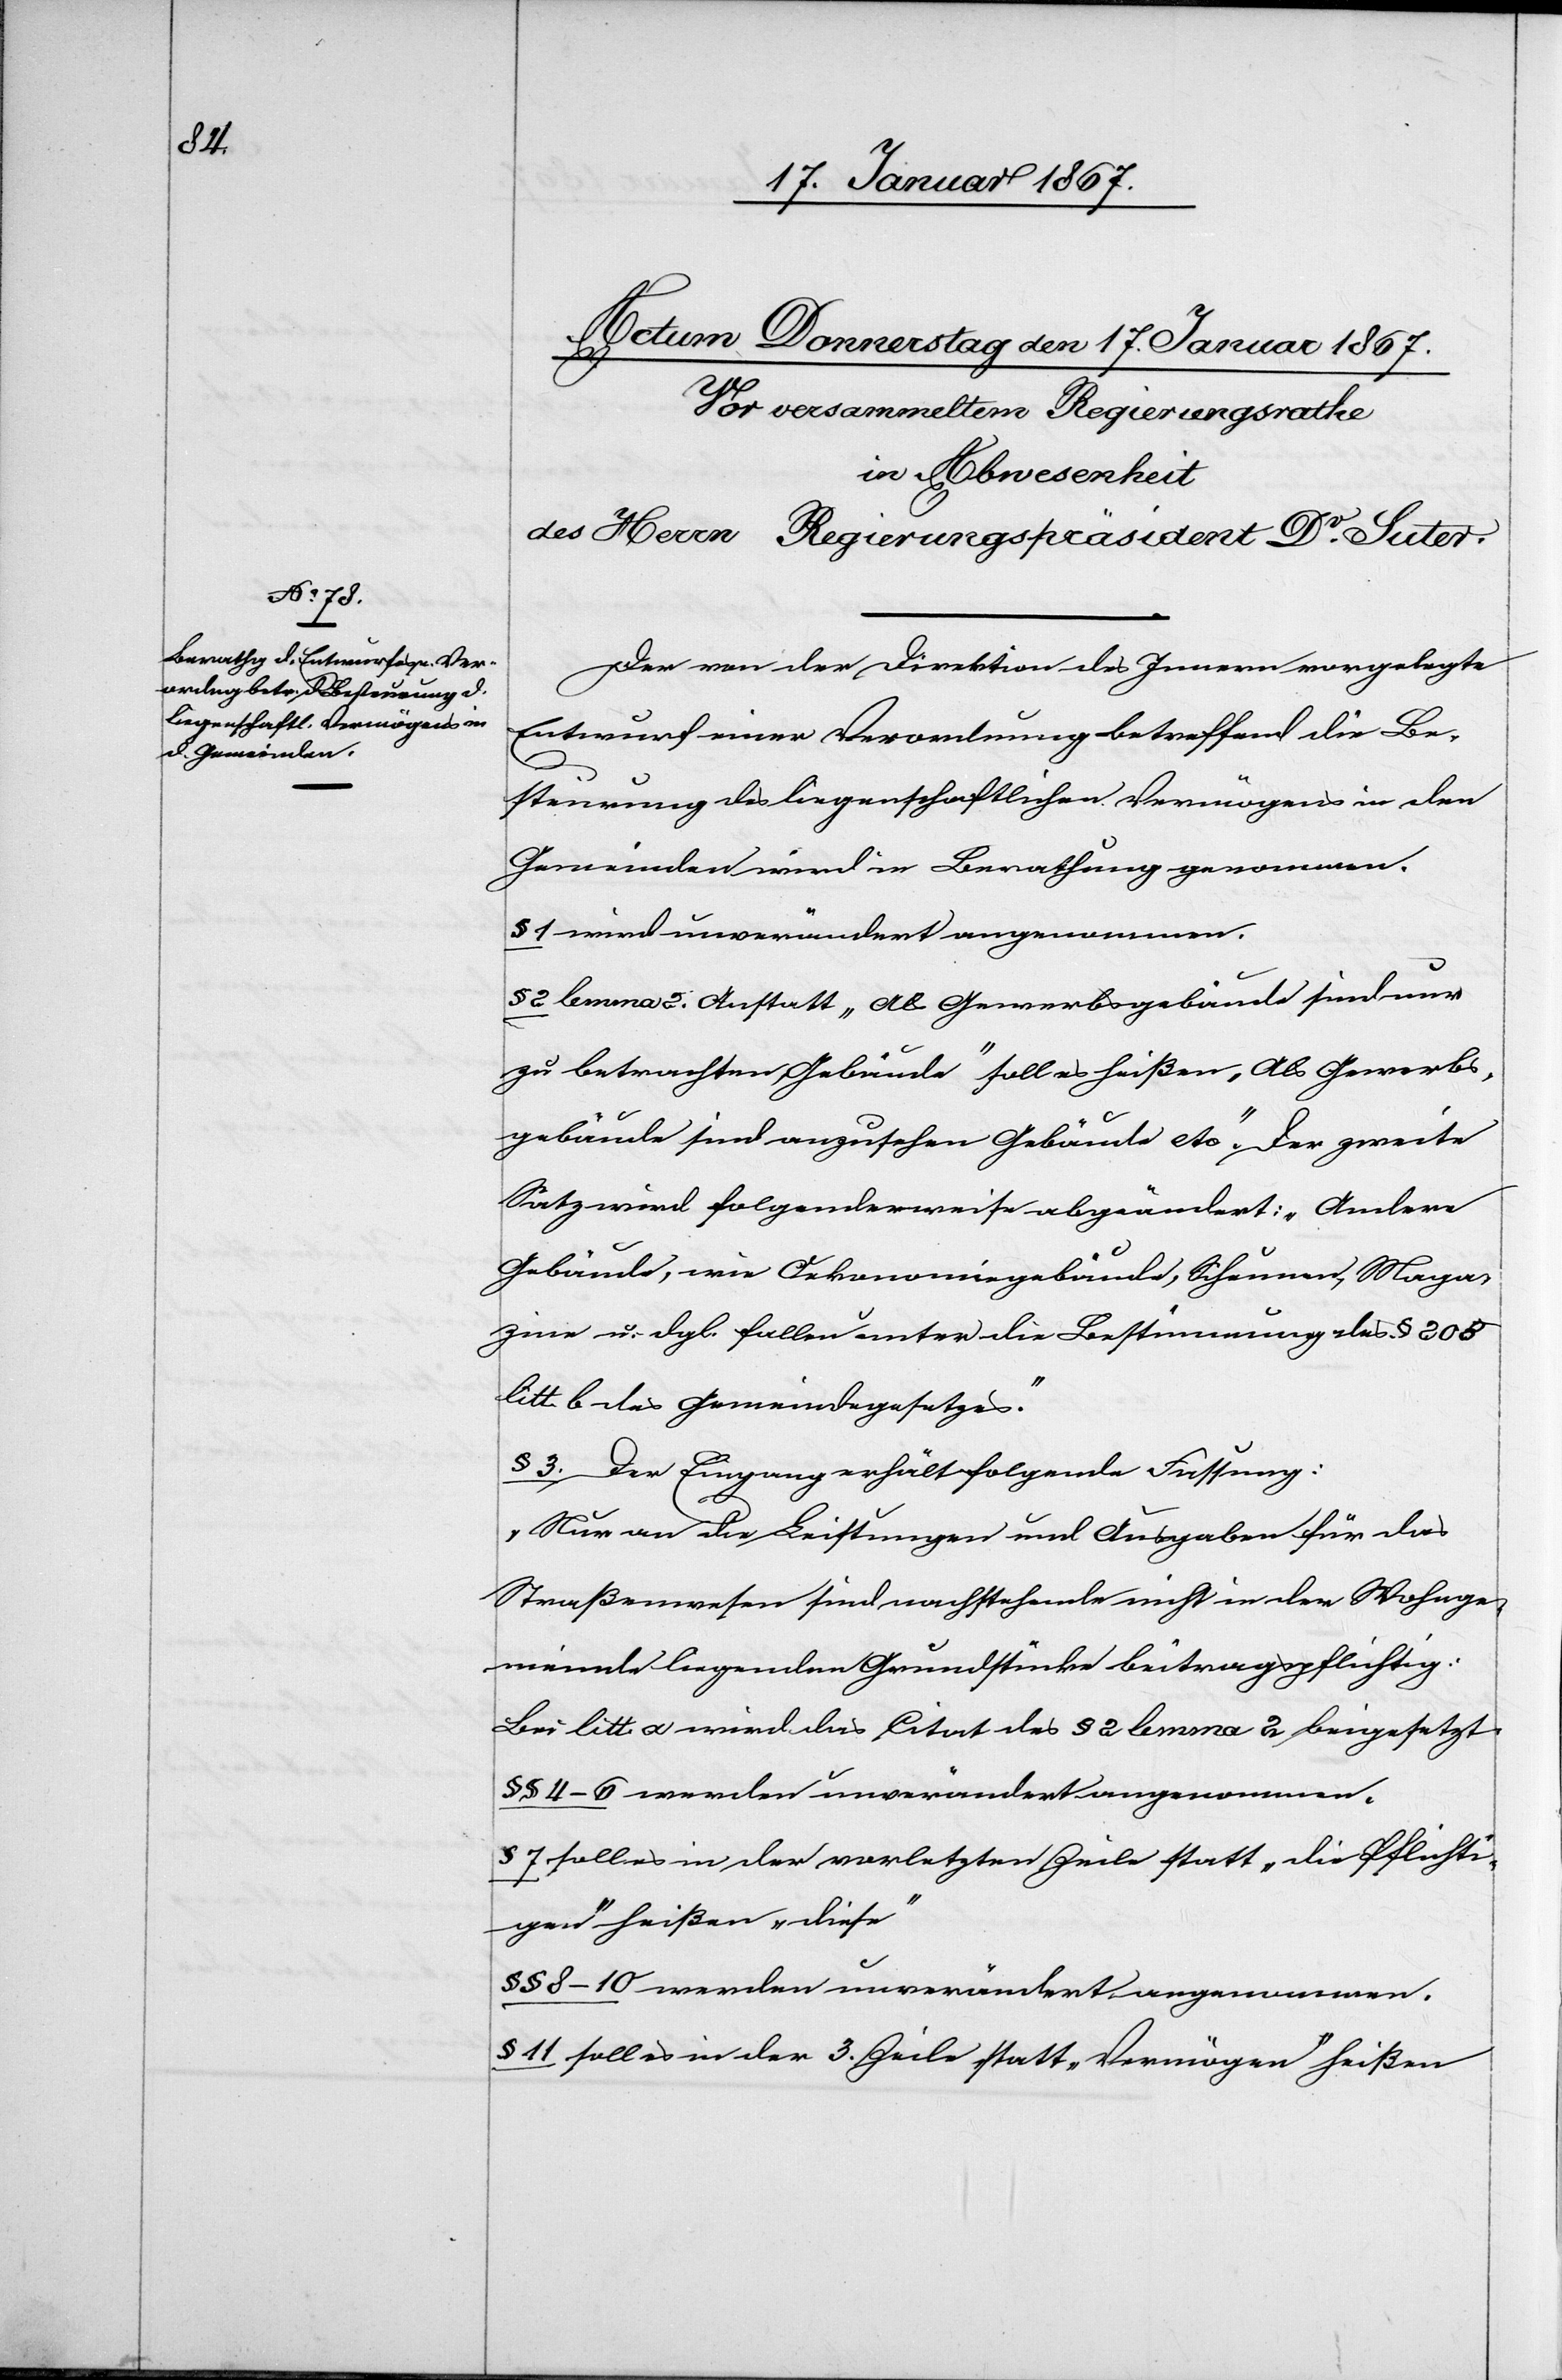
Der von der Direktion des Innern vorgebrachte
Entwurf einer Verordnung betreffend die Be¬
steurung des liegenschaftlichen Vermögens in den
Gemeinden wird in Berathung genommen.
§ 1 wird unverändert angenommen.
§ 2 lemma 2. Anstatt „Als Gewerbsgebäude sind nur
zu betrachten, Gebäude“ soll es heißen „Als Gewerbs¬
gebäude sind anzusehen Gebäude etc“. Der zweite
Satz wird folgenderweise abgeändert: „Andere
Gebäude, wie Oekonomiegebäude, Scheunen, Maga¬
zine u. dgl. fallen unter die Bestimmung des § 208
litt b des Gemeindegesetzes.“
§ 3. Der Eingang erhält folgende Fassung:
„Nur an die Leistungen und Ausgaben für das
Straßenwesen sind nachstehende nicht in der Wohnge¬
meinde liegenden Grundstücke beitragspflichtig:“
Bei litt a wird das Citat des § 2 lemma 2 beigesetzt.
§§ 8–10 werden unverändert angenommen.
§ 7 soll es in der vorletzten Zeile statt „die Pflichti¬
gen“ heißen „diese“
§ 11 soll es in der 3. Zeile statt „Vermögen“ heißen